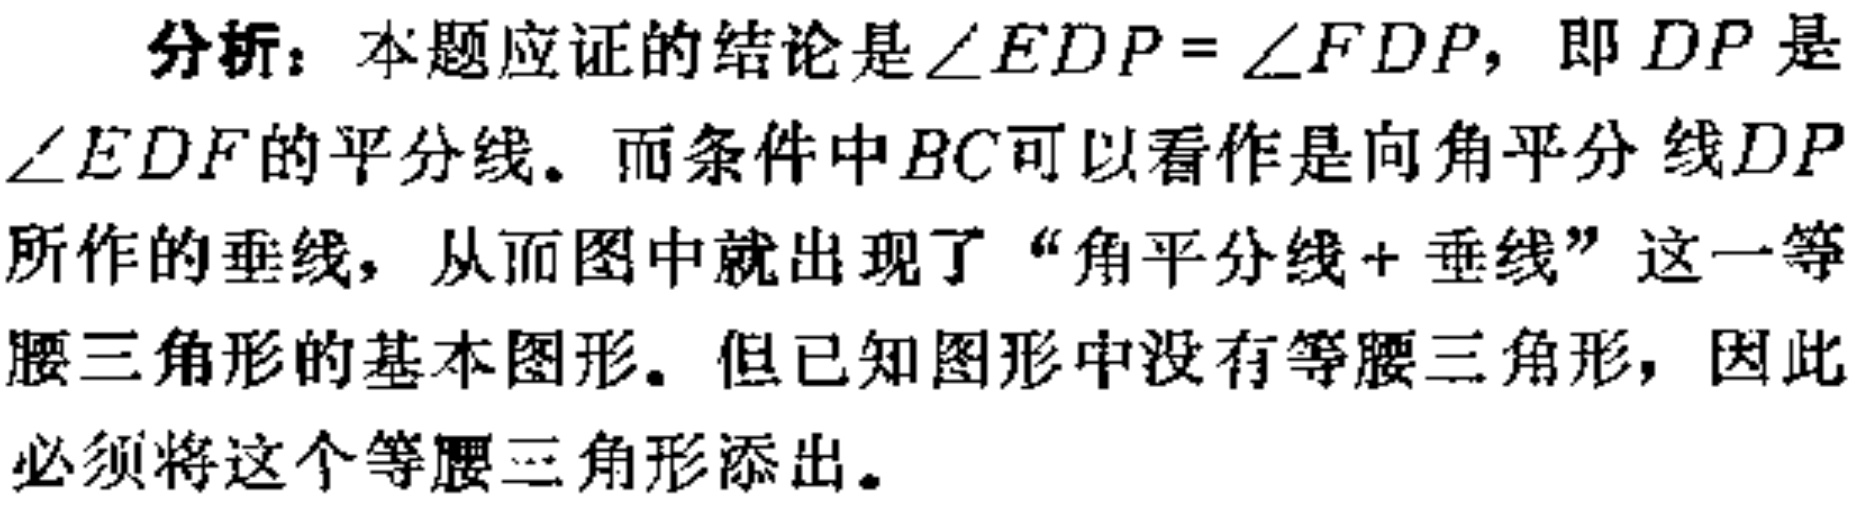
分析：本题应证的结论是\(\angle EDP = \angle FDP\)，即 \(DP\) 是\(\angle EDF\)的平分线。而条件中 \(BC\)可以看作是向角平分线 \(DP\)所作的垂线，从而图中就出现了“角平分线+垂线”这一等腰三角形的基本图形。但已知图形中没有等腰三角形，因此必须将这个等腰三角形添出。